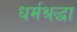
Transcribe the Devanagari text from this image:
धर्मश्रद्धा